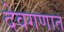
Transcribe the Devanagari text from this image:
देवगणात